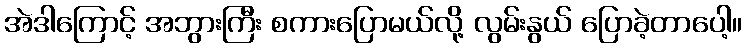
အဲဒါကြောင့် အဘွားကြီး စကားပြောမယ်လို့ လွမ်းနွယ် ပြောခဲ့တာပေါ့။